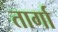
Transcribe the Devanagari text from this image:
तार्गा